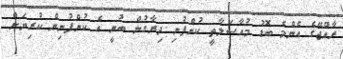
ރާއްޖޭގެ އެންމެ ބޮޑު މުއާސަލާތީ ކުންފުނި ދިރާގުން ބުނީ އެ ކުންފުނިން ކުރިޔަށް